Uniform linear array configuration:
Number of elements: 16
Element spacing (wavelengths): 1
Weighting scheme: blackman
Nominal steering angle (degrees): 15
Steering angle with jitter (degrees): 15.085
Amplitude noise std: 0.05
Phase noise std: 0.05

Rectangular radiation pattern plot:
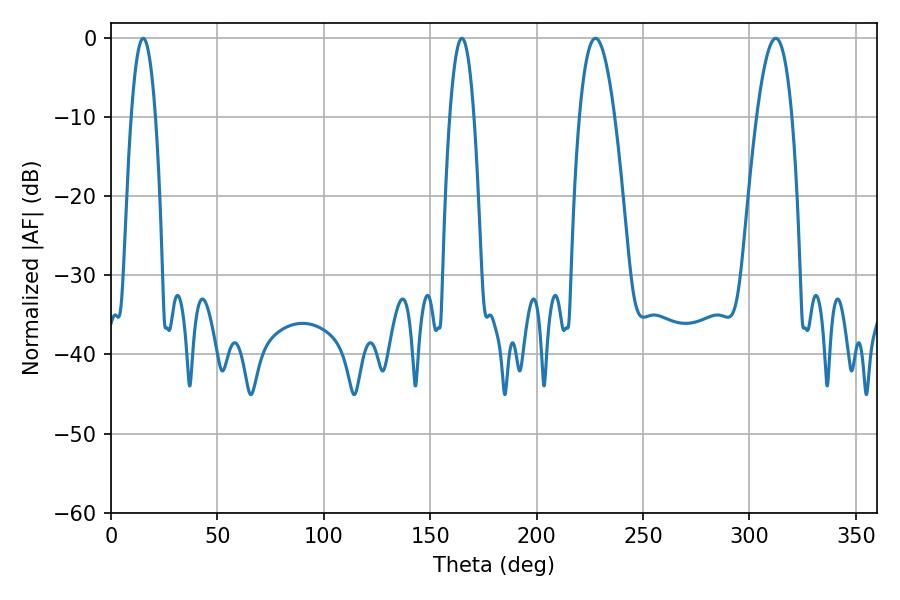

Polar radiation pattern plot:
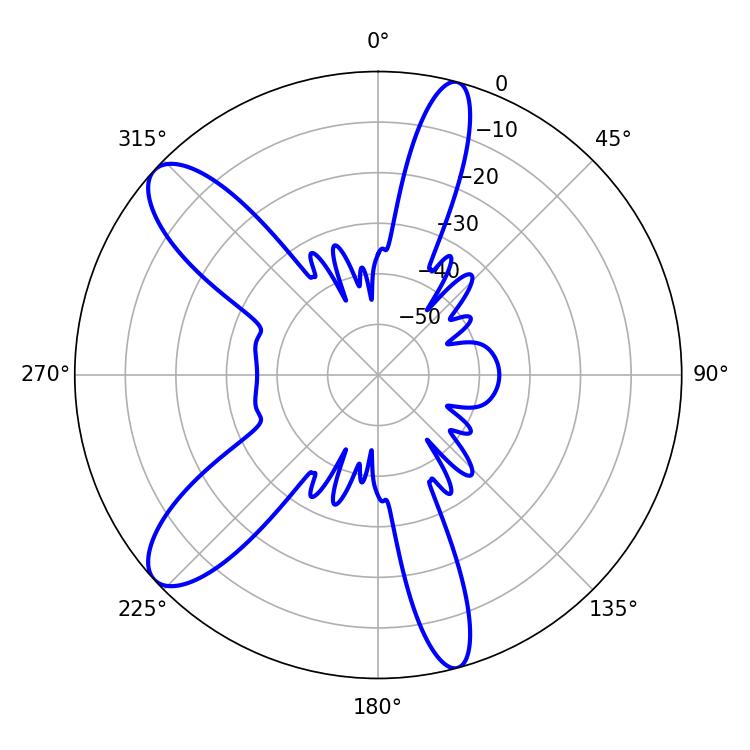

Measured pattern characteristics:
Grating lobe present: TRUE
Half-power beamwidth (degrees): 6.3
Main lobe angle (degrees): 15.12